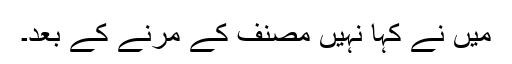
میں نے کہا نہیں مصنف کے مرنے کے بعد۔